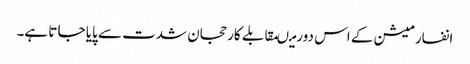
انفارمیشن کے اس دورمیںمقابلے کارحجان شدت سے پایا جا تا ہے۔